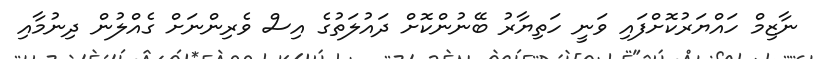
ނާޒިމް ހައްޔަރުކޮށްފައި ވަނީ ހަތިޔާރު ބޭނުންކޮށް ދައުލަތުގެ އިސް ވެރިންނަށް ގެއްލުން ދިނުމާއި